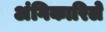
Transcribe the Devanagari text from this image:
अंगिकारिले